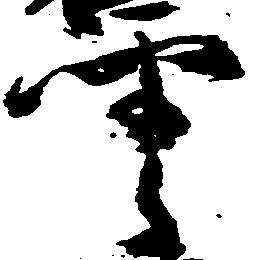
雲